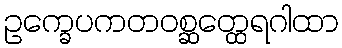
ဥက္ခေပကတဝစ္ဆတ္ထေရဂါထာ